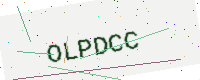
Text: OLPDCC